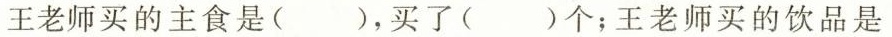
王老师买的主食是( )，买了( )个；王老师买的饮品是